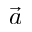
\vec { a }